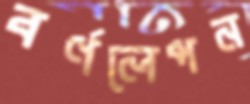
বর্ণলেপন